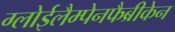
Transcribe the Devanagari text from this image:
ग्लोईलैम्पेनफैब्रीकेन